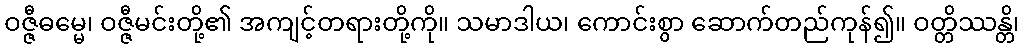
ဝဇ္ဇီဓမ္မေ၊ ဝဇ္ဇီမင်းတို့၏ အကျင့်တရားတို့ကို။ သမာဒါယ၊ ကောင်းစွာ ဆောက်တည်ကုန်၍။ ဝတ္တိဿန္တိ၊